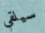
سيلقي